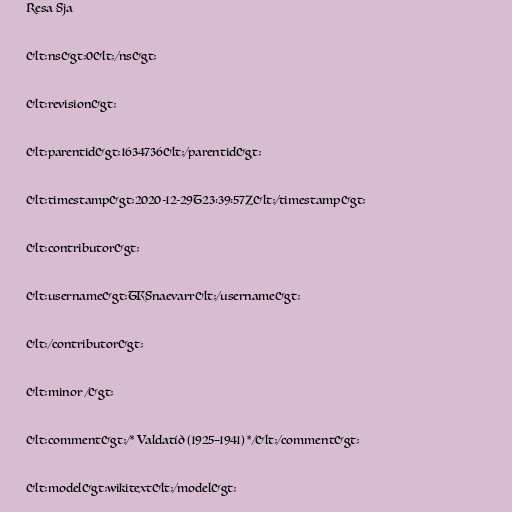
Resa Sja

&lt;ns&gt;0&lt;/ns&gt;

&lt;revision&gt;

&lt;parentid&gt;1634736&lt;/parentid&gt;

&lt;timestamp&gt;2020-12-29T23:39:57Z&lt;/timestamp&gt;

&lt;contributor&gt;

&lt;username&gt;TKSnaevarr&lt;/username&gt;

&lt;/contributor&gt;

&lt;minor /&gt;

&lt;comment&gt;/* Valdatíð (1925–1941) */&lt;/comment&gt;

&lt;model&gt;wikitext&lt;/model&gt;